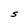
Character: S